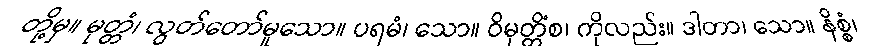
တို့မှ။ မုတ္တံ၊ လွတ်တော်မူသော။ ပရမံ၊ သော။ ဝိမုတ္တိံစ၊ ကိုလည်း။ ဒါတာ၊ သော။ နိစ္စံ၊